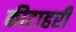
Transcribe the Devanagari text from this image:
कीटाहरी